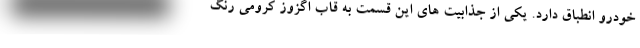
خودرو انطباق دارد. یکی از جذابیت های این قسمت به قاب اگزوز کرومی رنگ